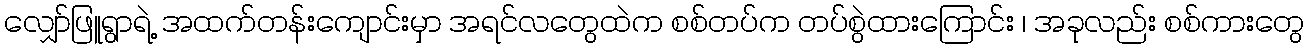
လျှော်ဖြူရွာရဲ့ အထက်တန်းကျောင်းမှာ အရင်လတွေထဲက စစ်တပ်က တပ်စွဲထားကြောင်း ၊ အခုလည်း စစ်ကားတွေ